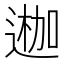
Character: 𨔣